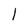
Character: l